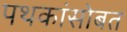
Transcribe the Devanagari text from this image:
पथकांसोबत